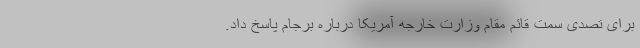
برای تصدی سمت قائم مقام وزارت خارجه آمریکا درباره برجام پاسخ داد.